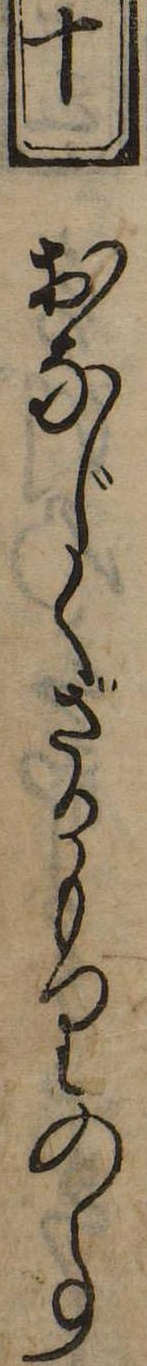
十おなじくさかもりの事